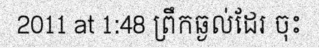
2011 at 1:48 ព្រឹកឆ្ងល់ដែរ ចុះ